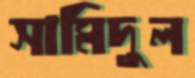
সামিদুল